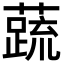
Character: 𬞞